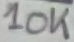
Text: 10K